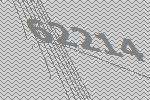
62214